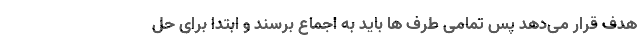
هدف قرار می‌دهد پس تمامی طرف ها باید به اجماع برسند و ابتدا برای حل